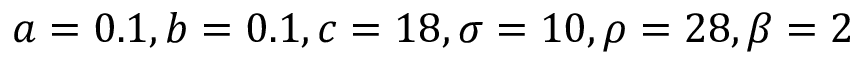
a = 0 . 1 , b = 0 . 1 , c = 1 8 , \sigma = 1 0 , \rho = 2 8 , \beta = 2